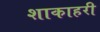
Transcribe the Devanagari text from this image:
शाकाहरी